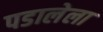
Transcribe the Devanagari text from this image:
पडालेला